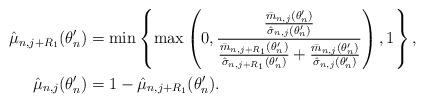
LaTeX: \begin{align*}\hat\mu_{n,j+R_1}(\theta'_n) &=\min\left\{\max\left(0,\frac{\frac{\bar m_{n,j}(\theta'_n)}{\hat\sigma_{n,j}(\theta'_n)}}{\frac{\bar m_{n,j+R_1}(\theta'_n)}{\hat\sigma_{n,j+R_1}(\theta'_n)}+\frac{\bar m_{n,j}(\theta'_n)}{\hat\sigma_{n,j}(\theta'_n)}}\right),1\right\},\\\hat\mu_{n,j}(\theta'_n)&=1-\hat\mu_{n,j+R_1}(\theta'_n). \end{align*}